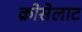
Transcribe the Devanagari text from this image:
क्रोसेलाट